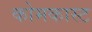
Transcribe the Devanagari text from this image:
कोमकास्ट